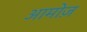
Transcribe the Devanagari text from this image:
आमोज़